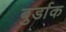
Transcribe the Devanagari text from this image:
बुर्डाक